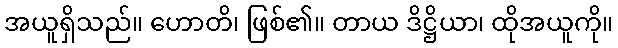
အယူရှိသည်။ ဟောတိ၊ ဖြစ်၏။ တာယ ဒိဋ္ဌိယာ၊ ထိုအယူကို။